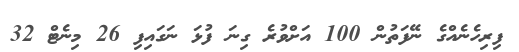
ފިރިހެނެއްގެ ނޭފަތުން 100 އަށްވުރެ ގިނަ ފުޅަ ނަގައިފި 26 މިނެޓް 32